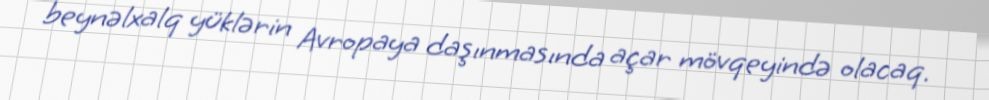
beynəlxalq yüklərin Avropaya daşınmasında açar mövqeyində olacaq.